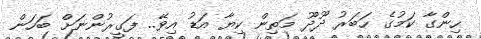
ހިންގާ ކަމުގެ ހަބަރު ދޫދޫ މަތިން ކިޔާ އަޑު އިވޭ.. ފަގީރުންނަށް ބަހަން